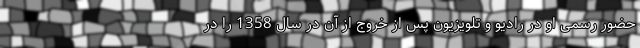
حضور رسمی او در رادیو و تلویزیون پس از خروج از آن در سال 1358 را در